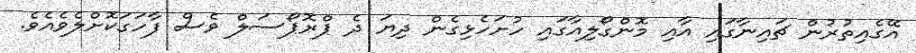
އޭގެއިތުރުން ޗައިނާގައި އާއި މޮންގޯލިއާގައި ހުށަހެޅިގެން ދިޔަ ދެ ޕްރޮޕޯސަލް ވެސް ފާހަގަކޮށްލެވެއެވެ.